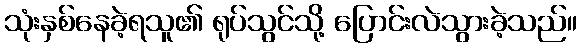
သုံးနှစ်နေခဲ့ရသူ၏ ရုပ်သွင်သို့ ပြောင်းလဲသွားခဲ့သည်။